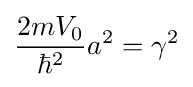
{\dfrac {2mV_{0}}{\hbar ^{2}}}a^{2}=\gamma ^{2}